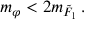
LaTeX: m _ { \varphi } < 2 m _ { \tilde { F } _ { 1 } } \, .